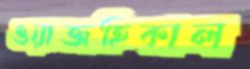
ওয়াজহিকাল